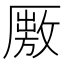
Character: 𠪭